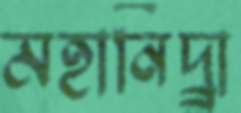
মহানিদ্র্রা